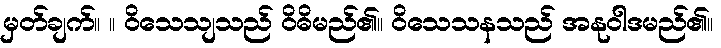
မှတ်ချက်။ ။ ဝိသေသျသည် ဝိဓိမည်၏။ ဝိသေသနသည် အနုဝါဒမည်၏။